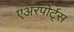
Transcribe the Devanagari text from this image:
एअरपोर्ट्‌स